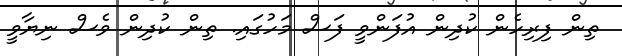
ތިން ފިރިހެން ކުދިން އުފަންވީ ފަސް މަހުގައި. ތިން ކުދިން ވެސް ނިޔާވީ